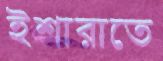
ইশারাতে